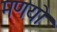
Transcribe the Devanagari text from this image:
मणयो